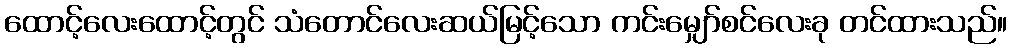
ထောင့်လေးထောင့်တွင် သံတောင်လေးဆယ်မြင့်သော ကင်းမျှော်စင်လေးခု တင်ထားသည်။